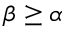
\beta \ge \alpha